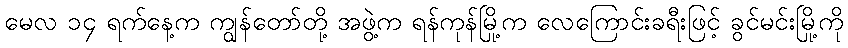
မေလ ၁၄ ရက်နေ့က ကျွန်တော်တို့ အဖွဲ့က ရန်ကုန်မြို့က လေကြောင်းခရီးဖြင့် ခွင်မင်းမြို့ကို